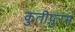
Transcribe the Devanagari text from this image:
कुतीपुरम